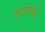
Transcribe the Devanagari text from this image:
इंटरनेटचे